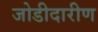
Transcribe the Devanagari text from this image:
जोडीदारीण